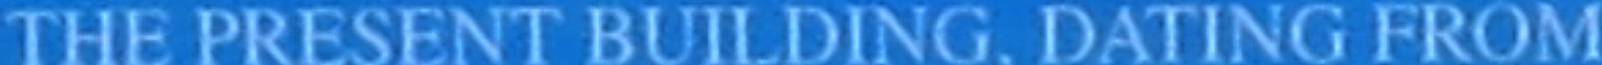
THE PRESENT BUILDING. DATING FROM